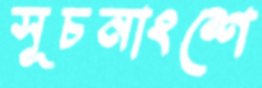
সূচনাংশে